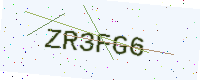
Text: ZR3FG6